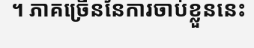
។ ភាគច្រើននៃការចាប់ខ្លួននេះ